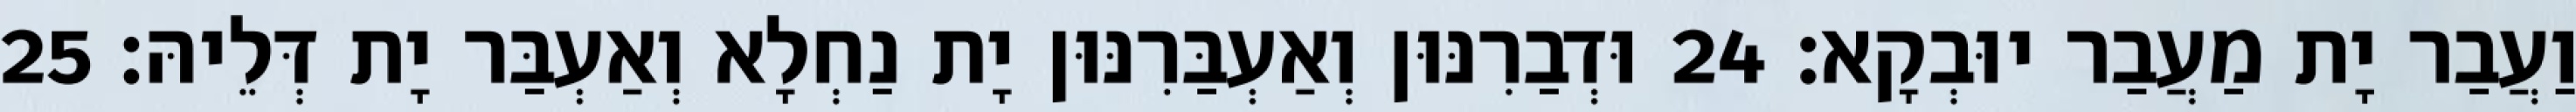
וַעֲבַר יָת מַעֲבַר יוּבְקָא׃ 24 וּדְבַרִנּוּן וְאַעְבַּרִנּוּן יָת נַחְלָא וְאַעְבַּר יָת דְּלֵיהּ׃ 25